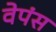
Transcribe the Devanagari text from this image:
वेपंस